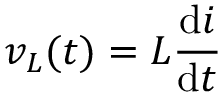
v _ { L } ( t ) = L { \frac { \mathrm { d } i } { \mathrm { d } t } }